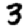
Digit: 3